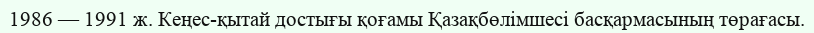
1986 — 1991 ж. Кеңес-қытай достығы қоғамы Қазақбөлімшесі басқармасының төрағасы.